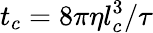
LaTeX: t_{c}=8\pi\eta l_{c}^{3}/\tau